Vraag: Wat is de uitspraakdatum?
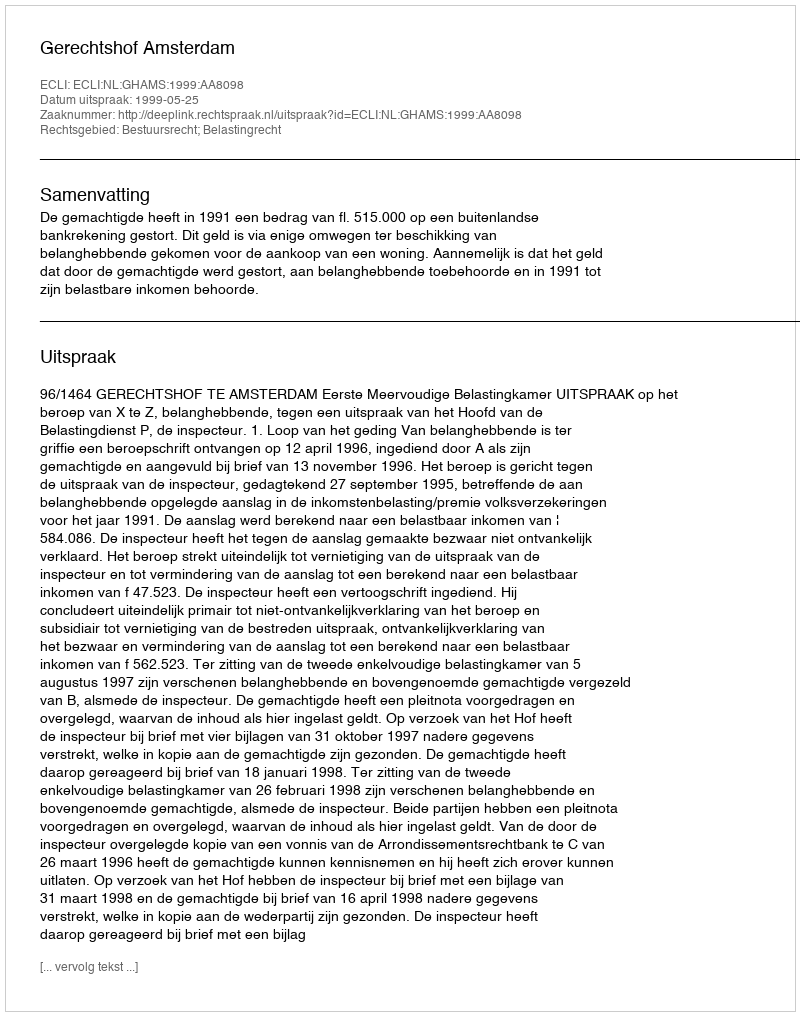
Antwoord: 1999-05-25